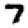
Digit: 7